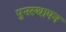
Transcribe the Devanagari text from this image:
पुनस्थापन